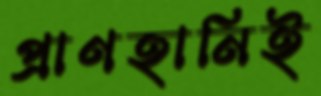
প্রাণহানিই